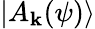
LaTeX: |A_{\mathbf{k}}(\psi)\rangle